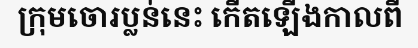
ក្រុមចោរប្លន់នេះ កើតឡើងកាលពី